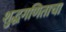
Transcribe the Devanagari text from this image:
शुद्धगणिताचा